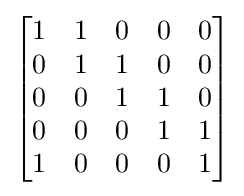
{\begin{bmatrix}1&1&0&0&0\\0&1&1&0&0\\0&0&1&1&0\\0&0&0&1&1\\1&0&0&0&1\end{bmatrix}}